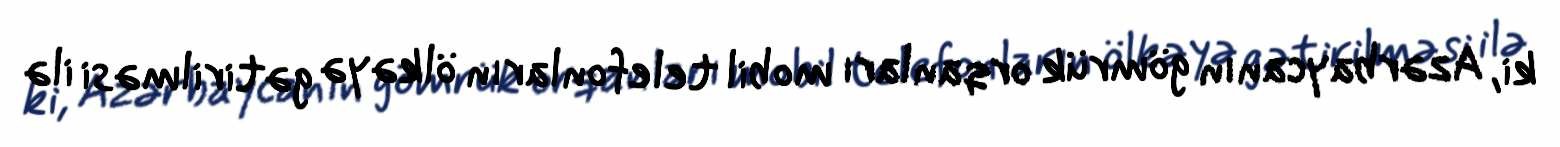
ki, Azərbaycanın gömrük orqanları mobil telefonların ölkəyə gətirilməsi ilə